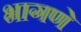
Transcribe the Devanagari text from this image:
भागणे